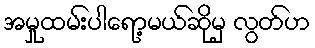
အမှုထမ်းပါရော့မယ်ဆိုမှ လွတ်ဟ